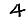
Digit: 4